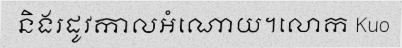
និងរដូវកាលអំណោយ។លោក Kuo